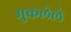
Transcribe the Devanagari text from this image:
मुकलेले